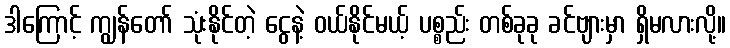
ဒါကြောင့် ကျွန်တော် သုံးနိုင်တဲ့ ငွေနဲ့ ဝယ်နိုင်မယ့် ပစ္စည်း တစ်ခုခု ခင်ဗျားမှာ ရှိမလားလို့။